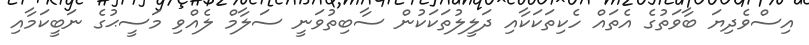
އިސްވެދިޔަ ބާވަތުގެ އެތައް ހެކިތަކަކާއި ދަލީލުތަކަކުން ސާބިތުވަނީ ސަލާމް ލެއްވި މަސީޙުގެ ނަބީކަމާއި